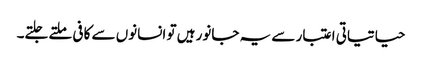
حیاتیاتی اعتبار سے یہ جانور ہیں تو انسانوں سے کافی ملتے جلتے۔